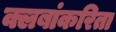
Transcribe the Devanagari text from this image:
क्लबांकरिता